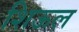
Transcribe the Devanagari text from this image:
शिऊल